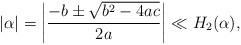
LaTeX: \begin{align*}|\alpha|=\left|\frac{-b\pm \sqrt{b^2-4ac}}{2a} \right|\ll H_2(\alpha),\end{align*}